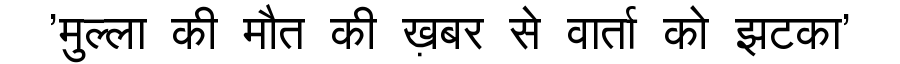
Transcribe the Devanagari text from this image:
'मुल्ला की मौत की ख़बर से वार्ता को झटका'